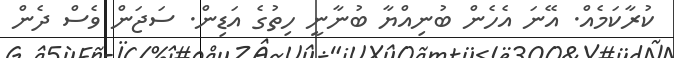
ކުރާކަމެއް. އޭނަ އެހެން ބުނިއްޔާ ބުނާނީ ހިތުގެ އަޑިން. ސަޖަން ވެސް ދެން